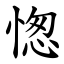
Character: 愡